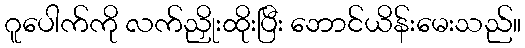
ဂူပေါက်ကို လက်ညှိုးထိုးပြီး ဘောင်ယိန်းမေးသည်။